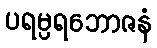
ပရမ္ပရဘောဇနံ